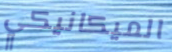
الميكانيكي